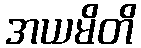
အယမိတိ